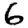
Digit: 6